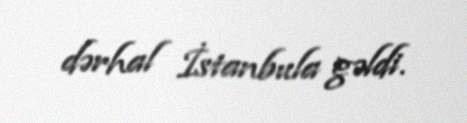
dərhal İstanbula gəldi.